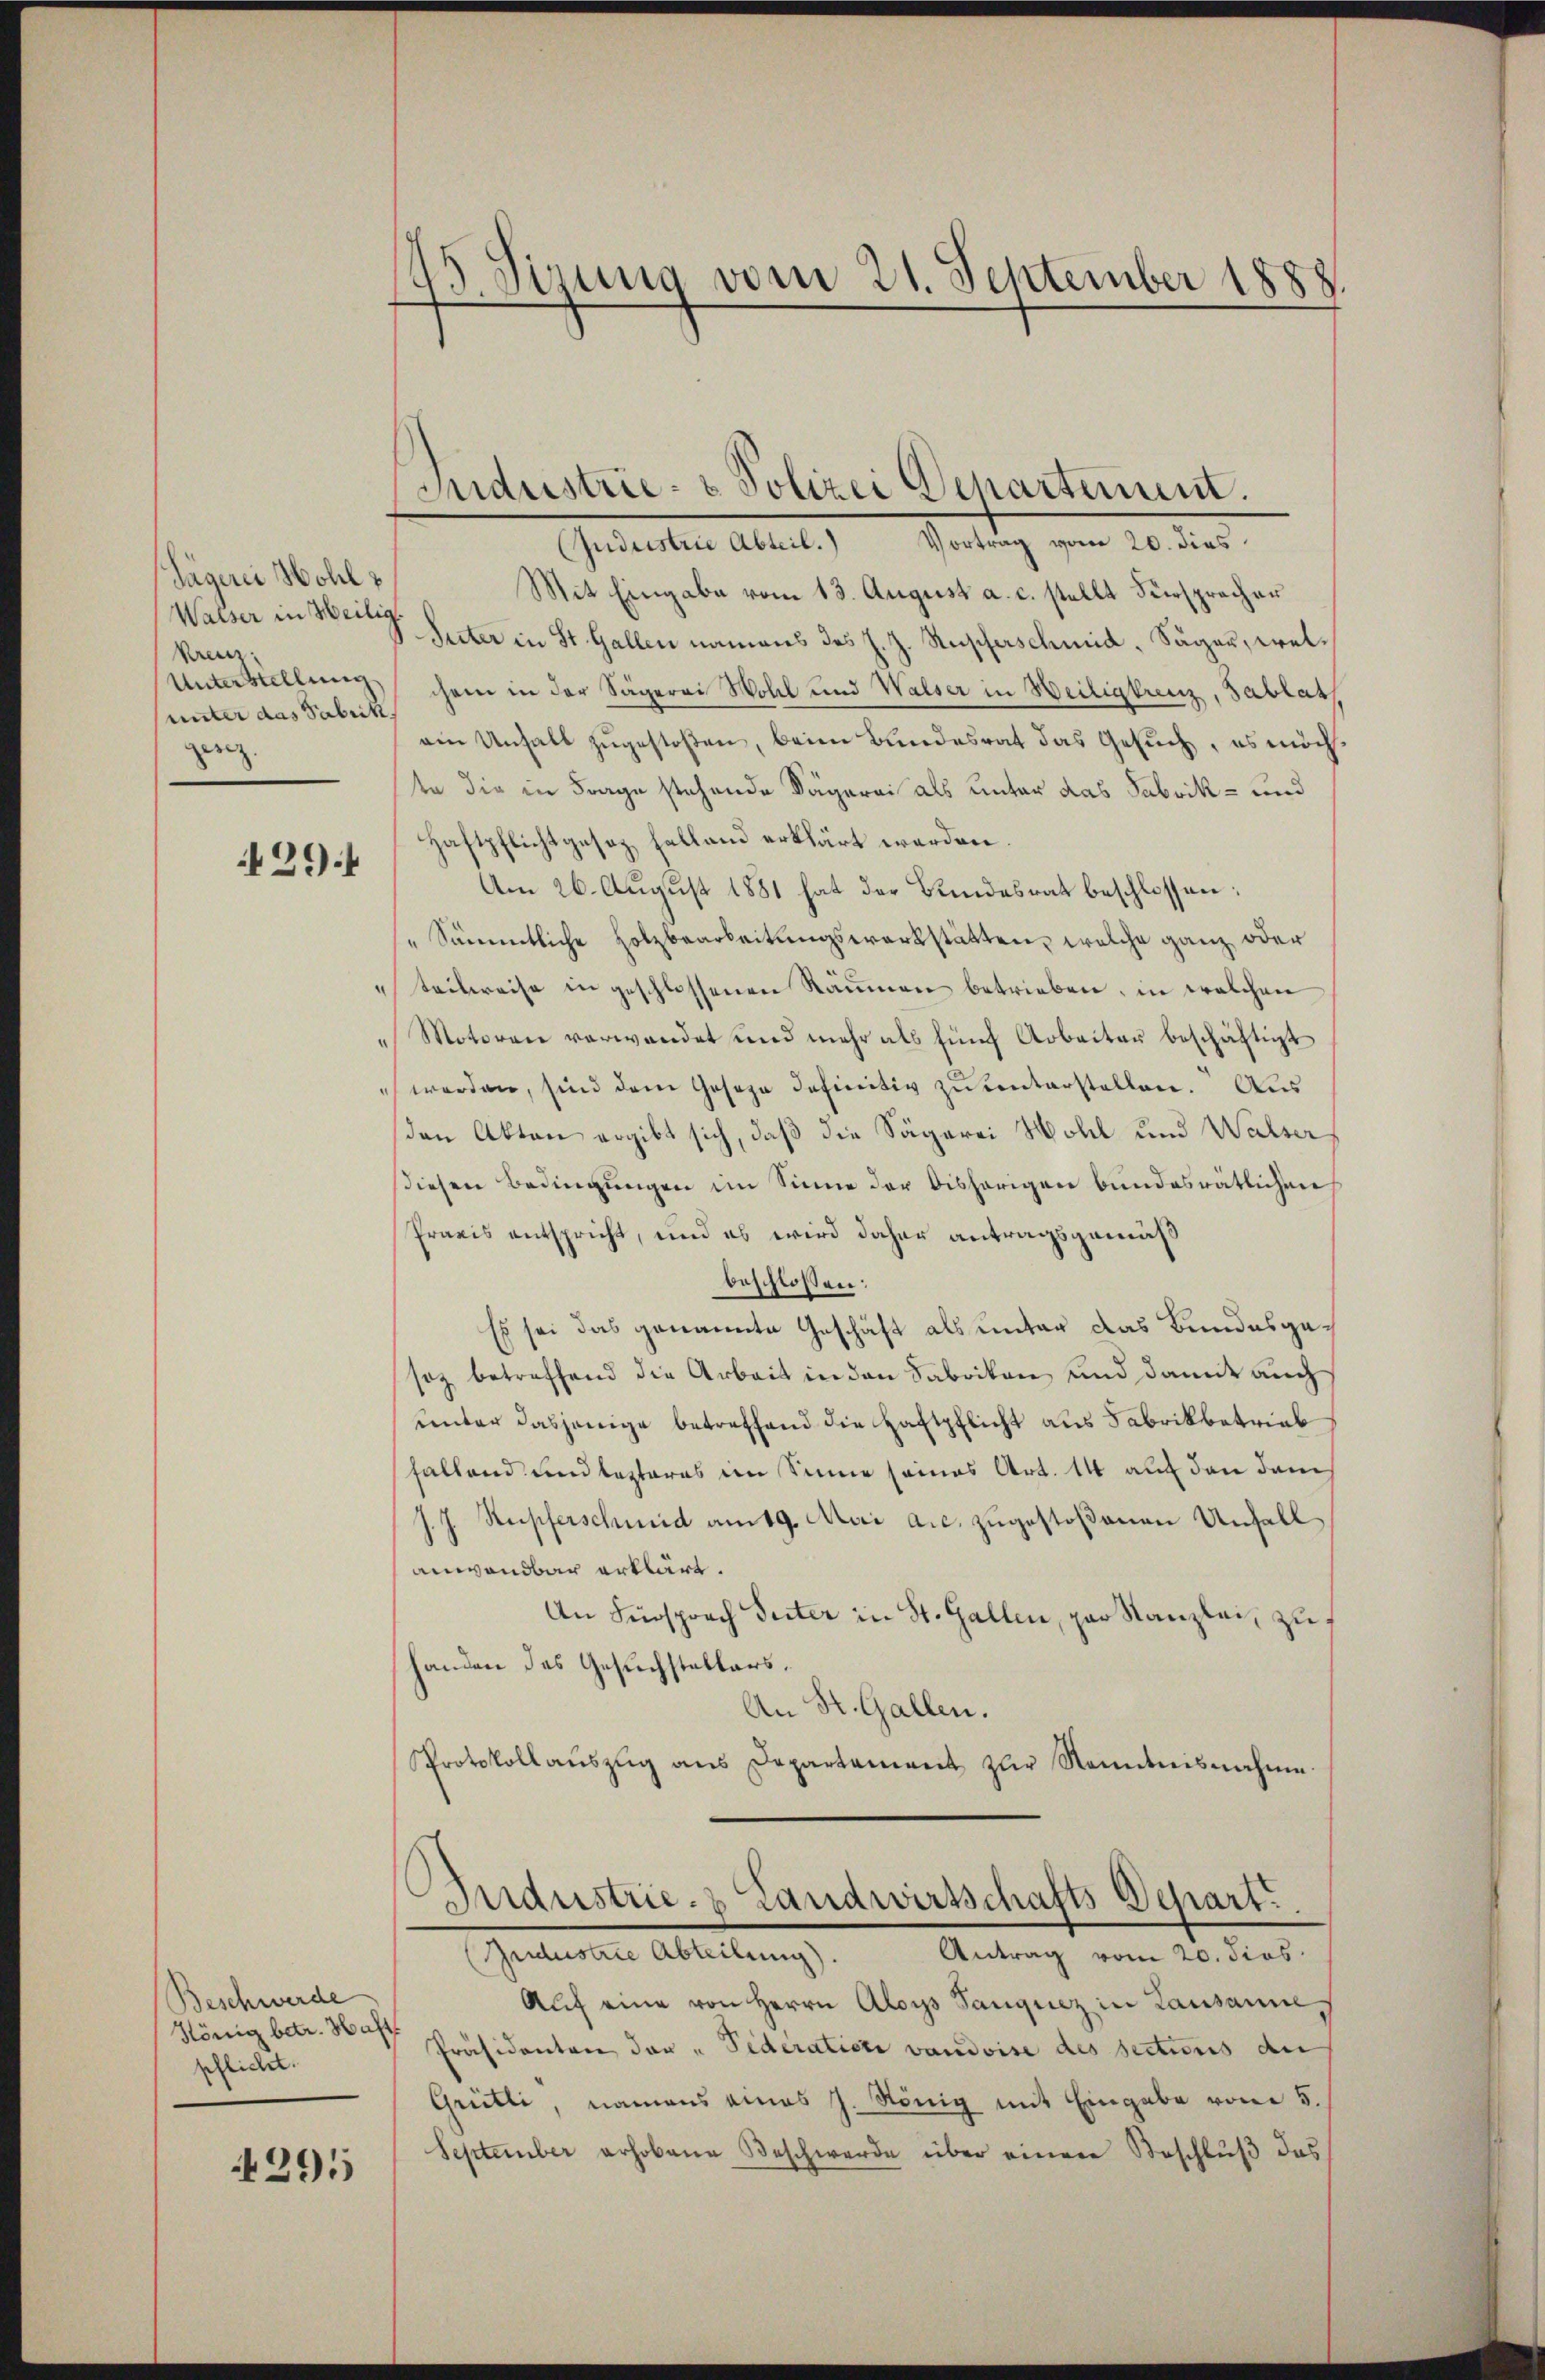
Tägerei Hohl
Walser in Heilig.
kreuz.
unter das Fabrik
geiz.

294

Beschwerde
König betr. Haft
pflicht.

4295

45 Sirung vom 21. September 1888.

Sontag vom 20. de
(Jndustrie Abteil.)
Mit Eingabe vom 13. August a. c. stellt Fürspracher
Suter in St. Gallen namens des J. J. Rupferschmid, Säger, wel¬
Unterstellung cham in der Sägerei Wohl und Walser in Heiligkreuz, Tablat
ein Unfall zugestoßen, beim Bundesrat das Gesuch, es möch
te die in Frage stehende Sägerei als unter das Fabrik- und
Haftpflichtgesez haltend erklärt werden.
Am 26. August 1881 hat der Bundesrat beschlossen:
"Sämmtliche Holzbearbeitungswerkstätten, welche ganz oder
teilweise in geschlossenen Räumen betrieben, in welchen
Motoren verwandet und mehr als fünf Arbeiter beschäftigt
werden, sind dem Geseze definitiv zu unterstellen. Aus
den Akten ergibt sich, daß die Sägerei Wohl und Walser
siesen Bedingungen im Sinne der bisherigen bundesrätlichen
Praxis entspricht, und es wird daher antragsgemäß
beschlossen:
Es sei das genannte Geschäft als unter das Bundesgesoz betreffend die Arbeit in den Fabriken, und damit auch
unter dasjenige betreffend die Haftpflicht aus Fabrikbetrieb
fallend und lezteres im Sinne seines Art. 14 auf den dam
J. J. Kupferschmid am 19. Mai a.c. zugestoßenen Unfall
anwendbar erklärt.
An Fürsprach Seiter in St. Gallen, par Kanzlei, zu
handen des Gesuchstellers.
An St. Gallen.
Protokoll aŭszŭg ans Departement zŭr Kenntnisnahme

Judustrie- & Polizei Departement.

Auf eine von Herrn Aloys Sanguiz in Lausannes
Präsidenten den "Pederation vaudoise des sections der
Grütli, namens eines J. König mit Eingabe vom 5.
September erhobene Beschwerde über einer Beschluß das

Industrie- & Landwirtschafts Depart.
(Gudustrie Abteilung). Antrag vom 20. dies